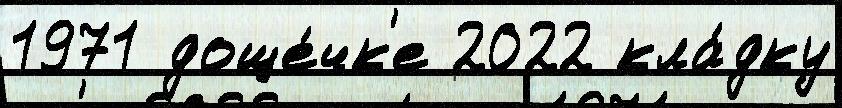
1971 доще́чк'е 2022 кла́дку